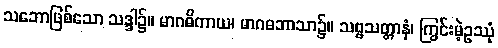
သဘောဖြစ်သော သဒ္ဒါ၌။ မာဂဓိကာယ၊ မာဂဓဘာသာ၌။ သဗ္ဗသတ္တာနံ၊ ကြွင်းမဲ့ဥဿုံ